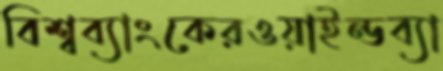
বিশ্বব্যাংকেরওয়াইন্ডব্যা